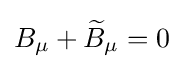
B_{\mu }+{\widetilde {B}}_{\mu }=0